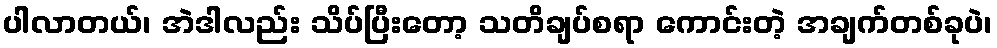
ပါလာတယ်၊ အဲဒါလည်း သိပ်ပြီးတော့ သတိချပ်စရာ ကောင်းတဲ့ အချက်တစ်ခုပဲ၊